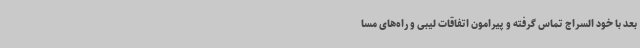
بعد با خود السراج تماس گرفته و پیرامون اتفاقات لیبی و راه‌های مسا